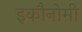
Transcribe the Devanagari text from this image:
इकौनोमी